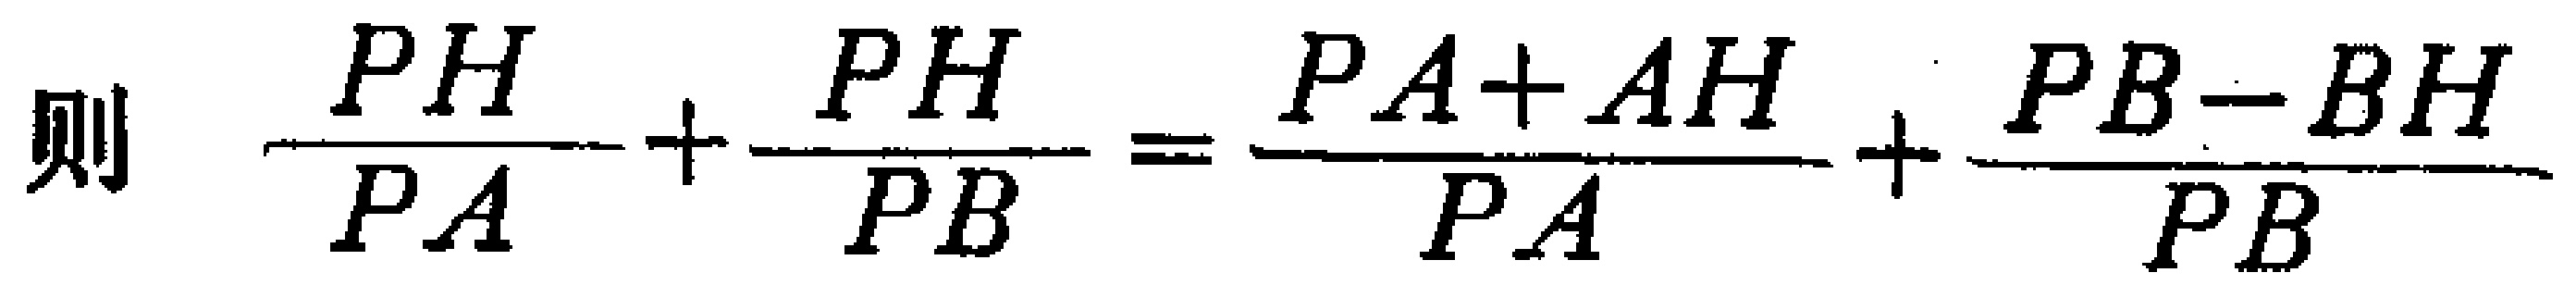
则 \(\frac{PH}{PA}+\frac{PH}{PB}=\frac{PA + AH}{PA}+\frac{PB - BH}{PB}\)